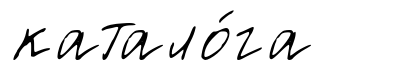
катало́га